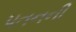
પતનની